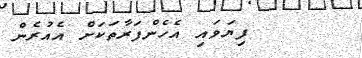
ފިޔަވައި އެހެންފަރާތަކަށް އެއުރެން